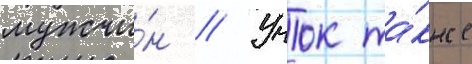
мужчи́н // Учок та́кже